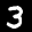
Label: 3